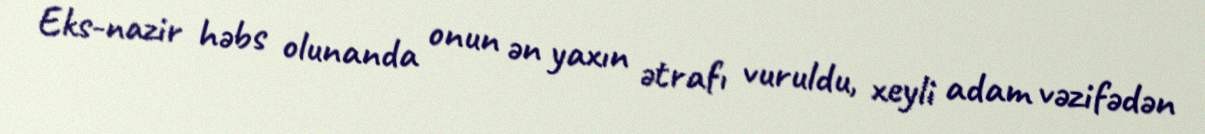
Eks-nazir həbs olunanda onun ən yaxın ətrafı vuruldu, xeyli adam vəzifədən